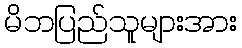
မိဘပြည်သူများအား